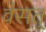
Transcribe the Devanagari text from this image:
वंसत्‌